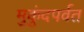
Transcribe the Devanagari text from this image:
मुकुंदपर्वत